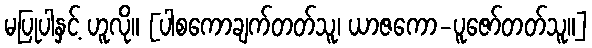
မပြုပါနှင့် ဟူလို။ [ပါစကောချက်တတ်သူ၊ ယာဇကော-ပူဇော်တတ်သူ။]